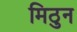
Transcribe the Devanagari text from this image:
मिठुन